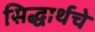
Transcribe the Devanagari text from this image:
सिद्धार्थचे